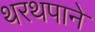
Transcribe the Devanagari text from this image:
थरथपाने